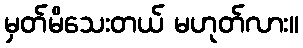
မှတ်မိသေးတယ် မဟုတ်လား။